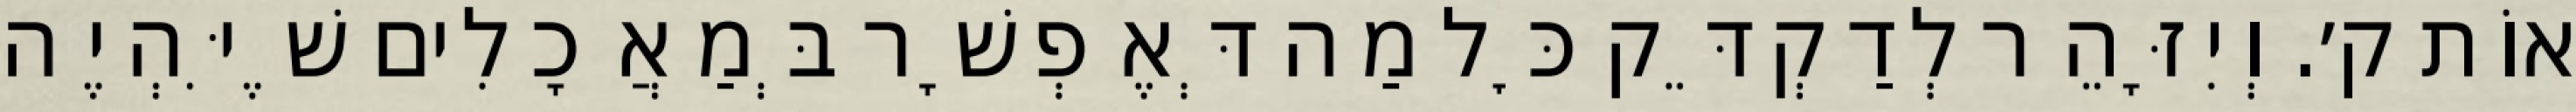
אוֹת ק׳. וְיִזָּהֵר לְדַקְדֵּק כׇּל מַה דְּאֶפְשָׁר בְּמַאֲכָלִים שֶׁיִּהְיֶה